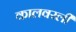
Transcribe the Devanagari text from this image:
कालवरली